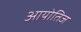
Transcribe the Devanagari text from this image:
आयोतिज